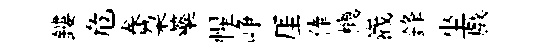
鏤危巻朶藥惺峥厓俸機嶻鋒坐戲